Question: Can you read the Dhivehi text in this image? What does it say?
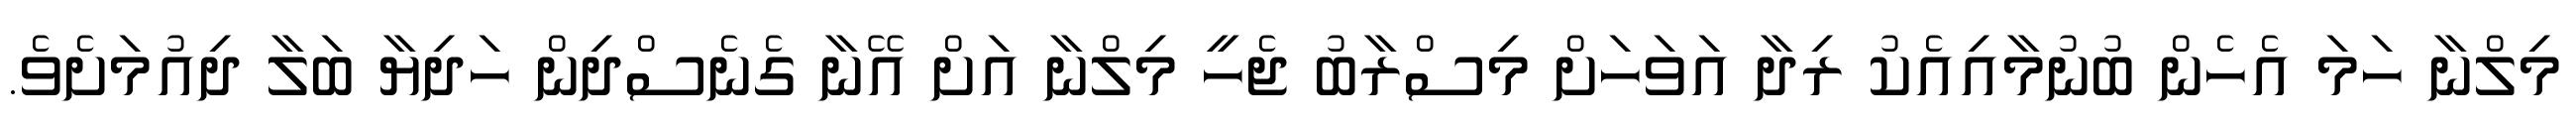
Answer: މިލްނާ ހަމަ އެހެން ބުނުމާއިއެކު ރިދާ އަވަހަށް މިސްރާބު ޖެހީ މިލްނާ އަށް އޭނާ ގެނެސްދިން ހަދިޔާ ބަލާ ދިއުމަށެވެ.